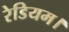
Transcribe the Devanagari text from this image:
रेडियम।